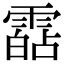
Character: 𩄷